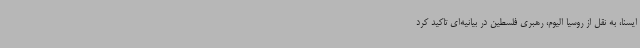
ایسنا، به نقل از روسیا الیوم، رهبری فلسطین در بیانیه‌ای تاکید کرد